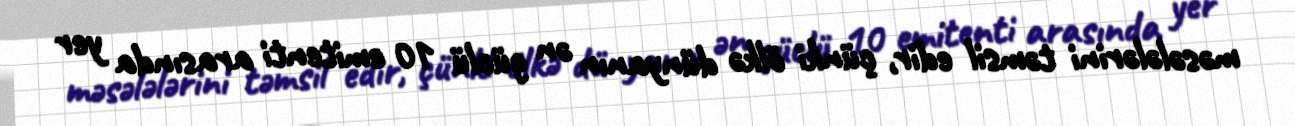
məsələlərini təmsil edir, çünki ölkə dünyanın ən güclü 10 emitenti arasında yer